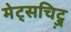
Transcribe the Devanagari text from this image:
मेट्सचिट्ज़